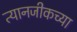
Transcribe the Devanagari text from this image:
त्यानजीकच्या